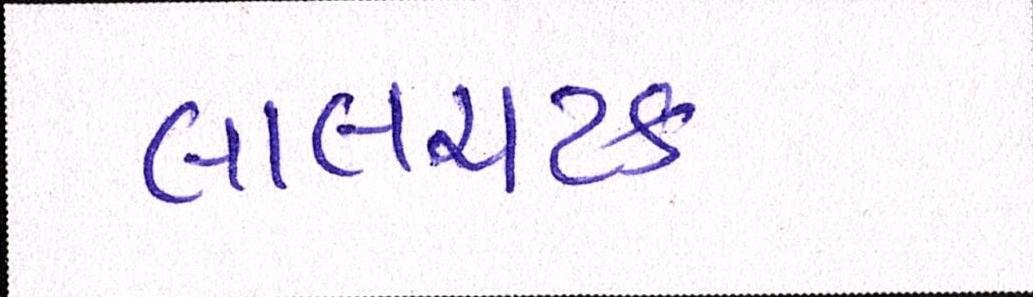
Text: લાલચટક